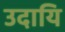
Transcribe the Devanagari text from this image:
उदायि